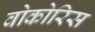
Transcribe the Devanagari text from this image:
वोकोरिस